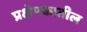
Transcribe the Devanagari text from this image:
प्रक्षेपकातील